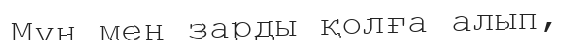
Мұң мен зарды қолға алып,